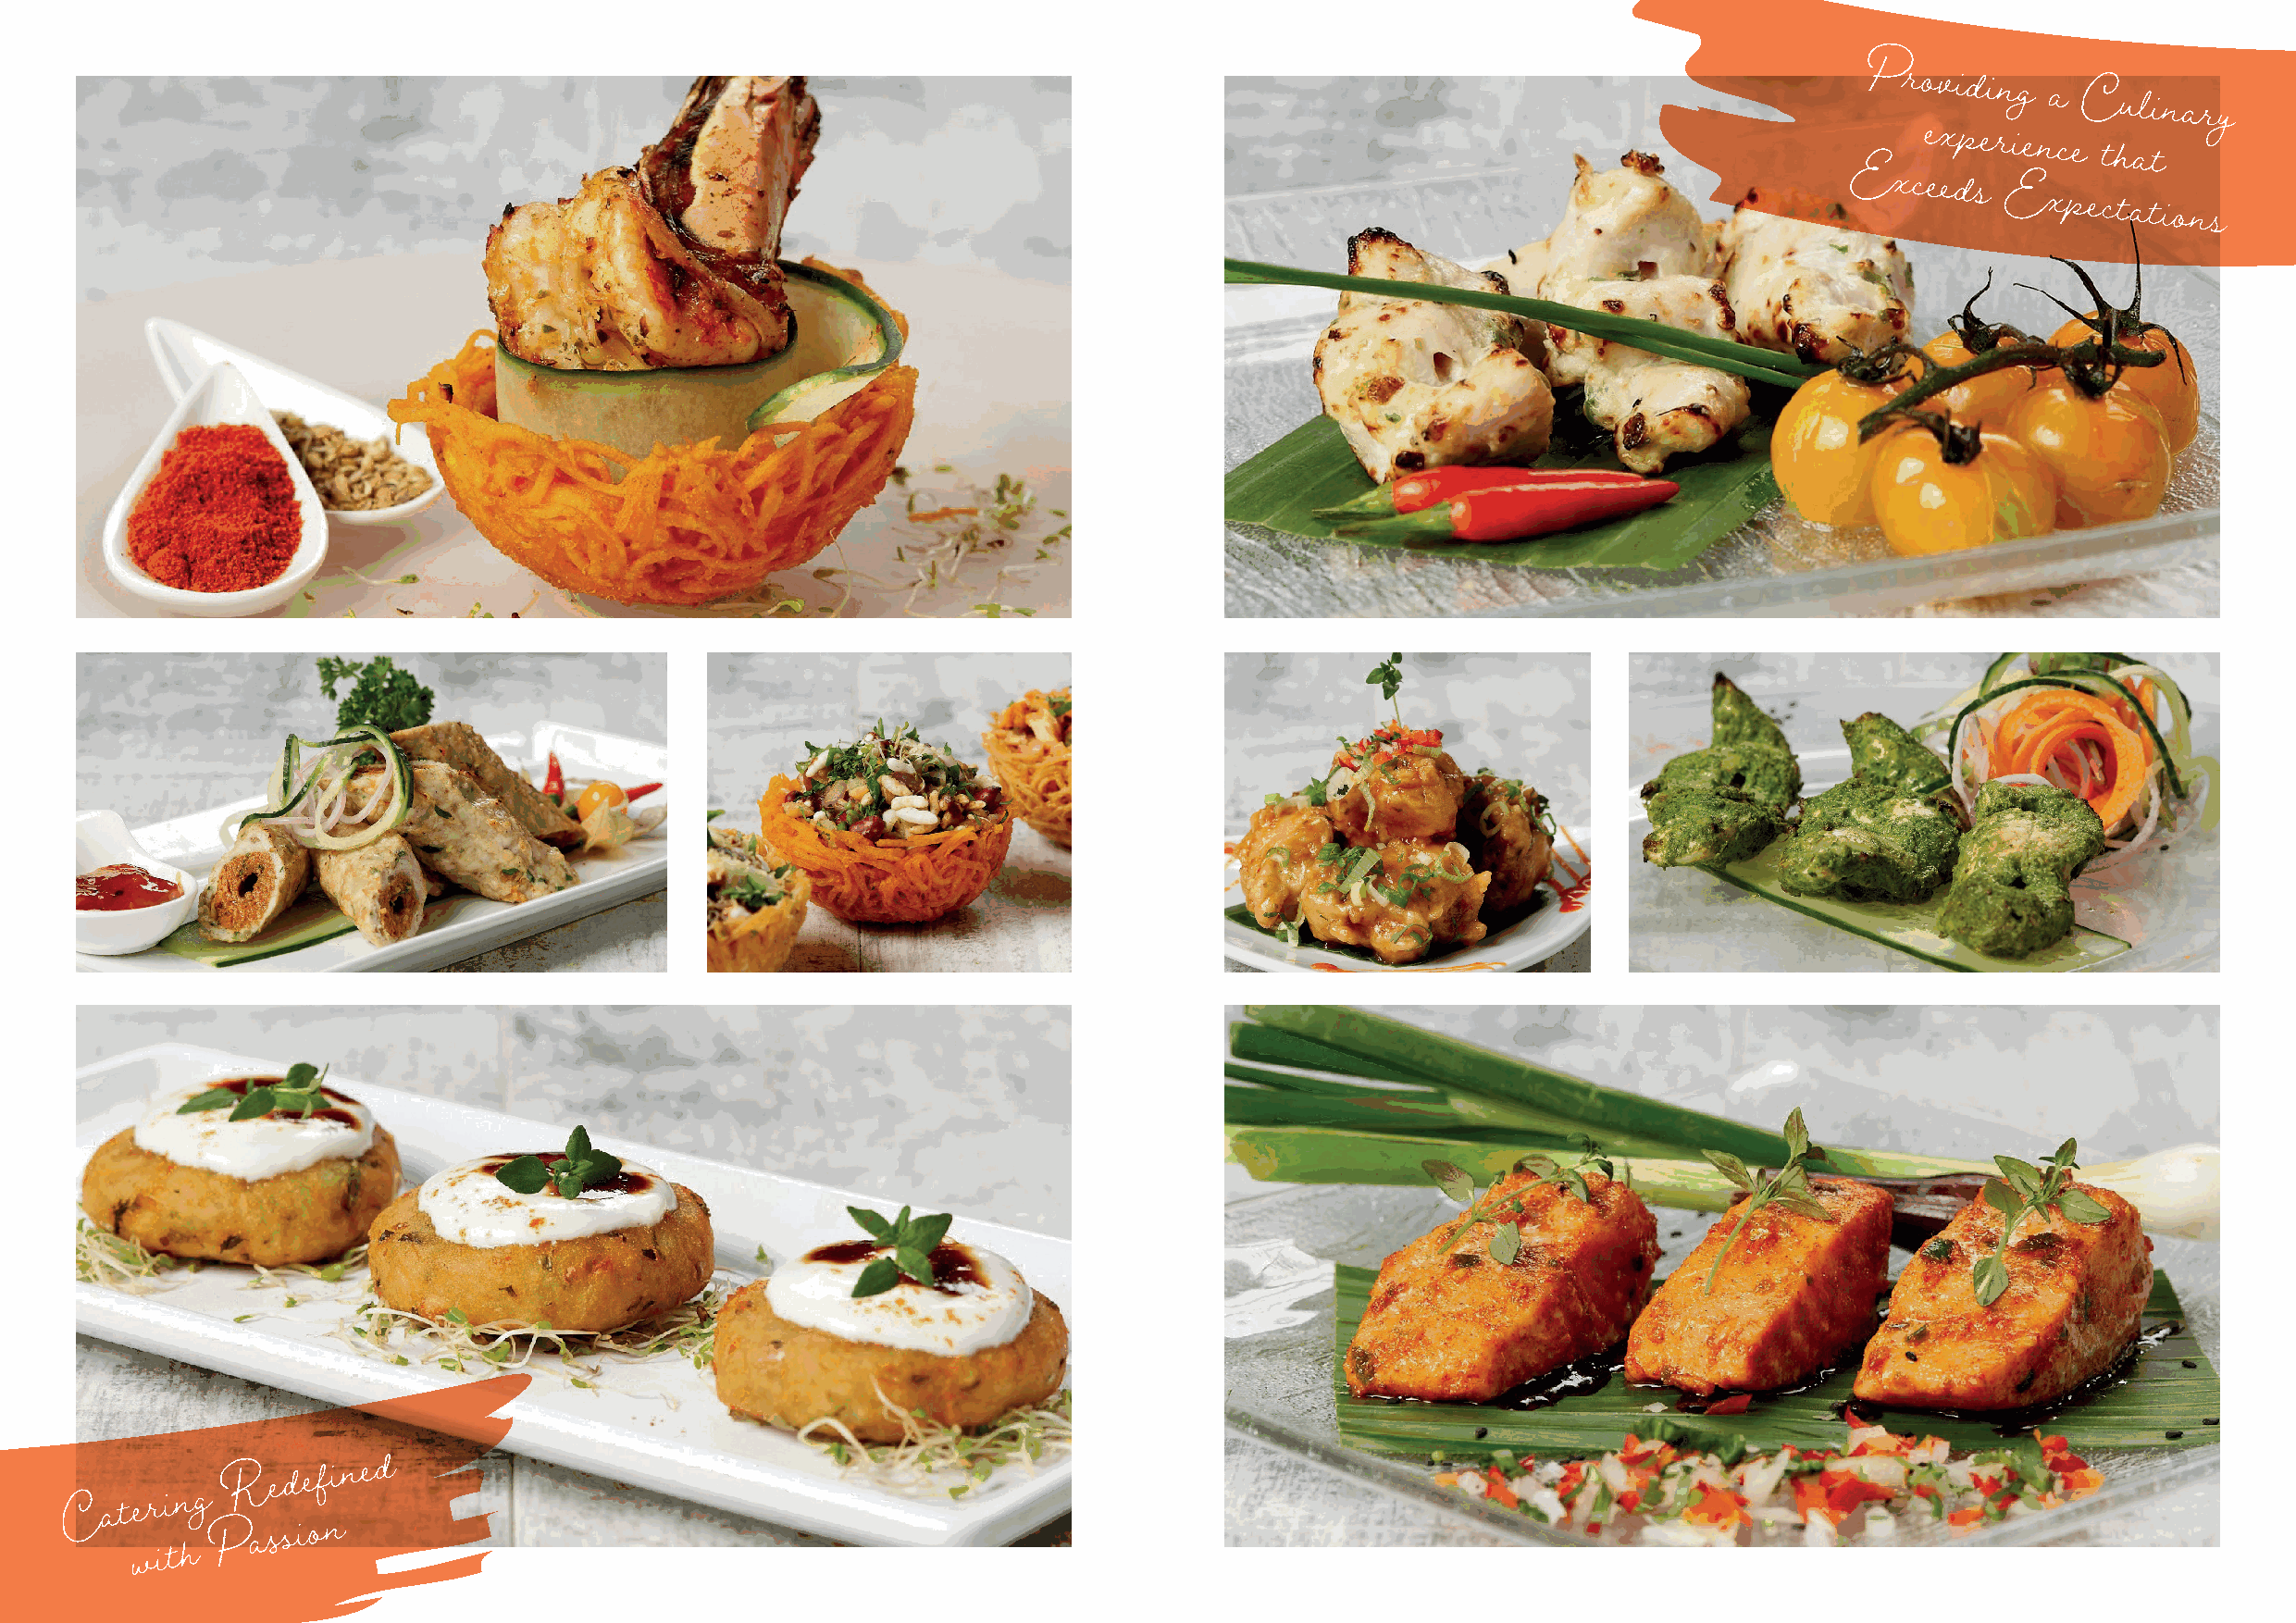
Providing
 a
 Culinary
 experience
 that
 Exceeds
 Expectations
 R   e d e f i n e d
 C  a t e r i n g
 P a ss i o n
 w i t h